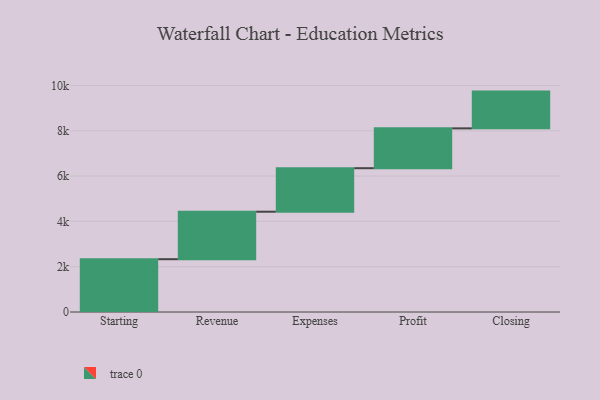
{"axis": {"x": "Step", "y": "Value"}, "legend": [""], "data": [{"x": "Starting", "y": 2331.0, "type": ""}, {"x": "Revenue", "y": 2097.0, "type": ""}, {"x": "Expenses", "y": 1921.0, "type": ""}, {"x": "Profit", "y": 1759.0, "type": ""}, {"x": "Closing", "y": 1623.0, "type": ""}]}